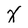
Character: X